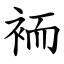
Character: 袻